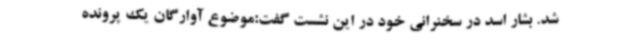
شد. بشار اسد در سخنرانی خود در این نشست گفت:موضوع آوارگان یک پرونده